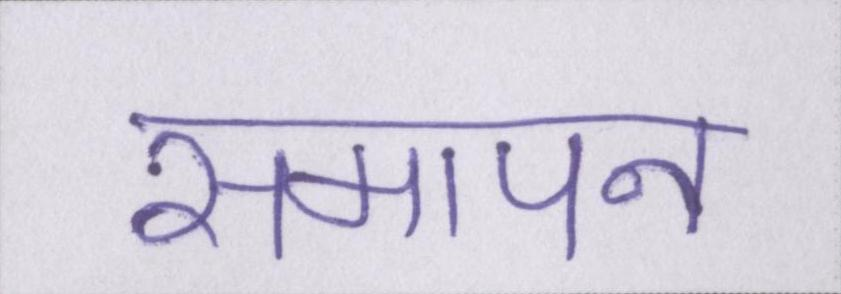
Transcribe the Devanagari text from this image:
समापन